Plague in India, 1896, 1897 - Volume 1
Year: 1896
Disease focus: Plague
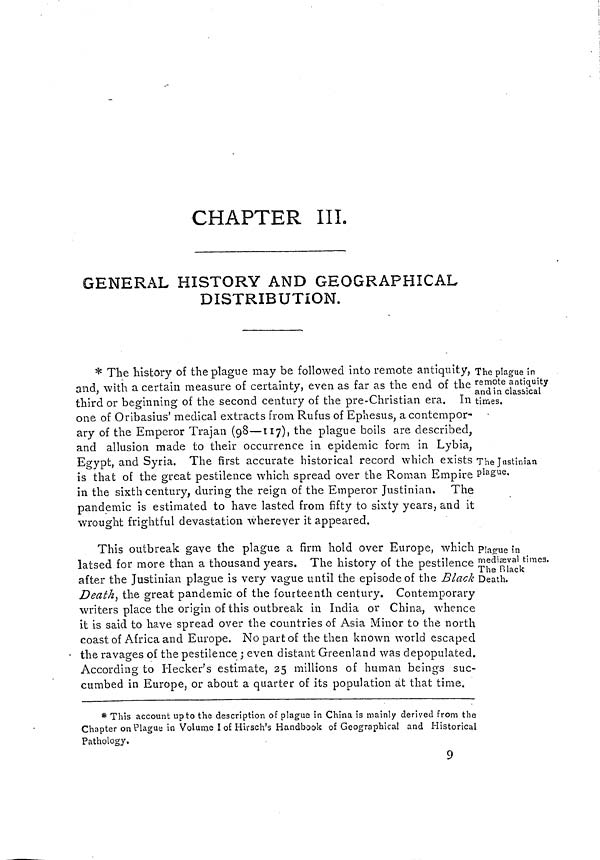
CHAPTER III,
GENERAL HISTORY AND GEOGRAPHICAL
DISTRIBUTION.
The plague in
remote antiquity
and in classical
times.
The Justinian
plague,
* The history of the plague may be followed into remote antiquity,
and, with a certain measure of certainty, even as far as the end of the
third or beginning of the second century of the pre-Christian era. In
one of Oribasius' medical extracts from Rufus of Ephesus, a contempor-
ary of the Emperor Trajan (98—117)1 the plague boils are described,
and allusion made to their occurrence in epidemic form in Lybia,
Egypt, and Syria. The first accurate historical record which exists
is that of the great pestilence which spread over the Roman Empire
in the sixth century, during the reign of the Emperor Justinian. The
pandemic is estimated to have lasted from fifty to sixty years, and it
wrought frightful devastation wherever it appeared.
Plague in
mediaeval times.
The Black
Death.
This outbreak gave the plague a firm hold over Europe, which
latsed for more than a thousand years. The history of the pestilence
after the Justinian plague is very vague until the episode of the Black
Death) the great pandemic of the fourteenth century. Contemporary
writers place the origin of this outbreak in India or China, whence
it is said to have spread over the countries of Asia Minor to the north
coast of Africa and Europe. No part of the then known world escaped
the ravages of the pestilence ; even distant Greenland was depopulated.
According to Hecker's estimate, 25 millions of human beings suc-
cumbed in Europe, or about a quarter of its population at that time.
* This account up to the description of plague in China is mainly derived from the
Chapter on Plague in Volume I o£ Hirsch's Handbook of Geographical and Historical
Pathology,
9